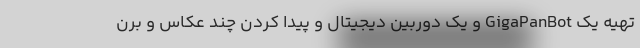
تهیه یک GigaPanBot و یک دوربین دیجیتال و پیدا کردن چند عکاس و برن